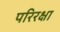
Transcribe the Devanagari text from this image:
परिरक्षा